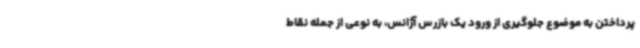
پرداختن به موضوع جلوگیری از ورود یک بازرس آژانس، به نوعی از جمله نقاط